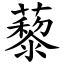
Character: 藜